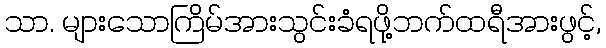
သာ. များသောကြိမ်အားသွင်းခံရဖို့ဘက်ထရီအားဖွင့်,